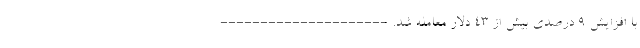
با افزایش ۹ درصدی بیش از ۴۳ دلار معامله شد. ---------------------